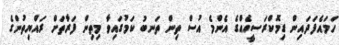
ހަމައެފަދައިން ޑިމޮކްރަސީއެއްގެ އެންމެ އުސް ތިން ތަނބު ކަމުގައިވާ މިތިން ފަރާތަށް ރައްޔިތުންގެ